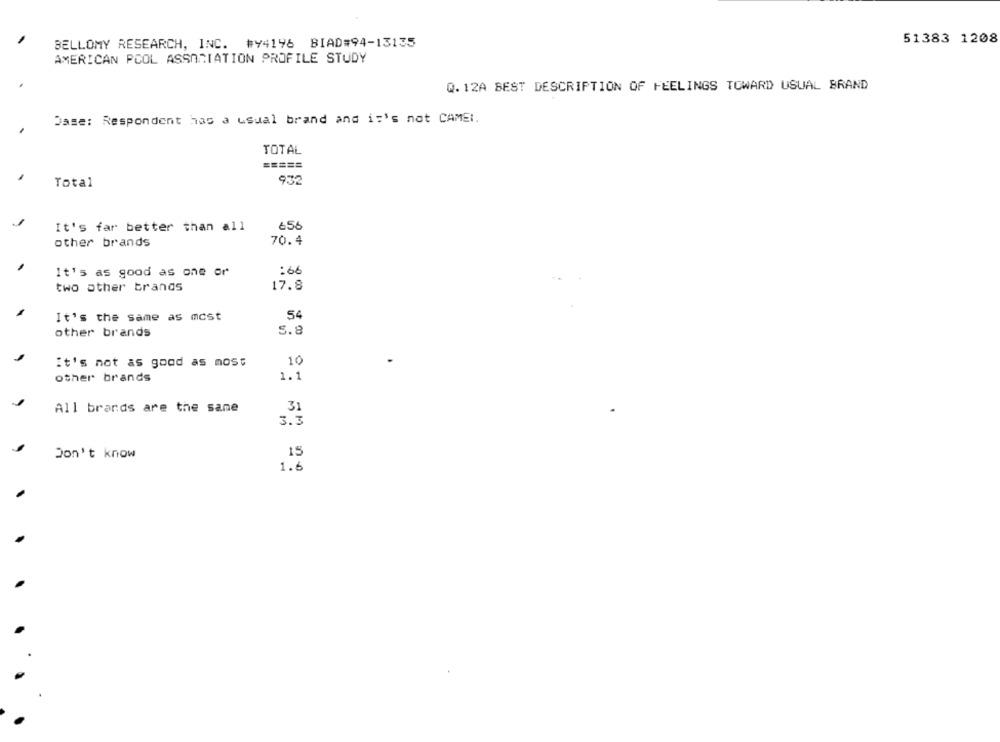
BELLOMY RESEARCH, INC. #94196 BIAD#94-13135
51383 1208
AMERICAN POOL ASSOCIATION PROFILE STUDY
Q. 12A BEST DESCRIPTION OF FEELINGS TOWARD USUAL BRAND
Dase: Respondent has a usual brand and it's not CAME :.
TOTAL
=====
Total
9:32
It's far better than all
656
other brands
70.4
It's as good as one or
:66
two other brands
17.8
It's the same as most
54
other brands
S.8
it's not as good as most
10
other brands
1.1
All brands are the same
31
3.3
15
Don't know
1.6